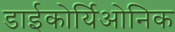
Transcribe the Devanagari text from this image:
डाईकोर्यिओनिक